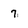
Character: 7